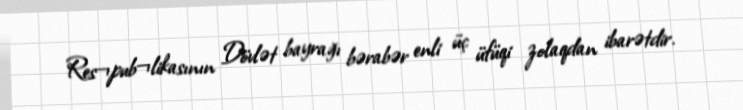
Res¬pub¬likasının Dövlət bayrağı bərabər enli üç üfüqi zolaqdan ibarətdir.